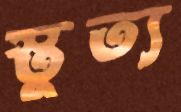
স্তুত্য